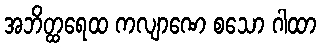
အဘိတ္ထရေထ ကလျာဏေ စသော ဂါထာ